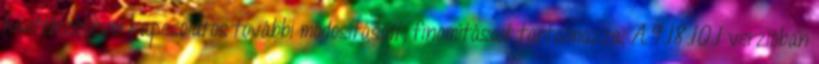
kivitelezésével kapcsolatos további módosításait, finomításait tartalmazza. A 9.18.10.1 verzióban